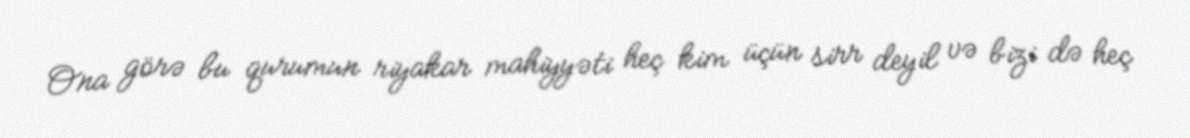
Ona görə bu qurumun riyakar mahiyyəti heç kim üçün sirr deyil və bizi də heç